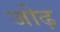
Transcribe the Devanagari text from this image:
जोढ़